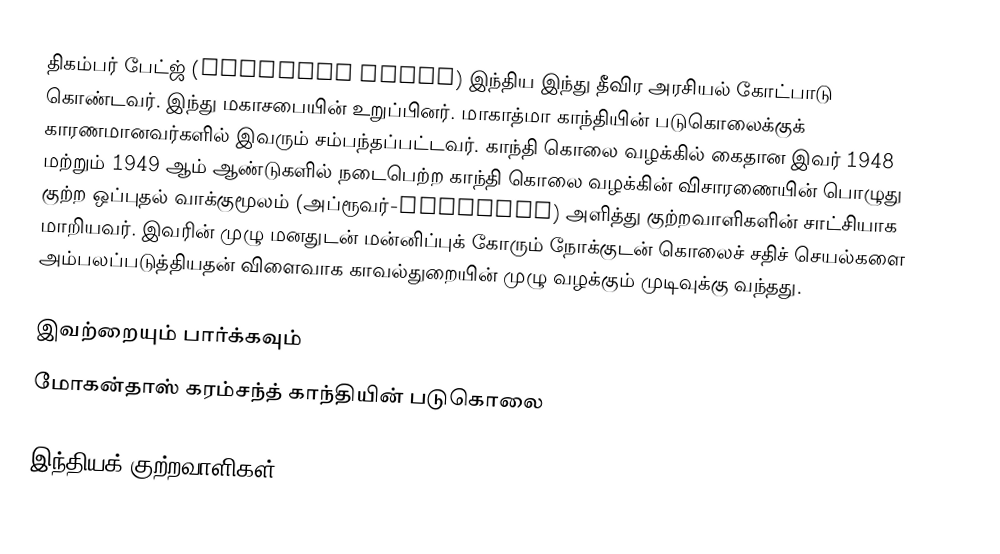
திகம்பர் பேட்ஜ் (Digambar Badge) இந்திய இந்து தீவிர அரசியல் கோட்பாடு கொண்டவர். இந்து மகாசபையின் உறுப்பினர். மாகாத்மா காந்தியின் படுகொலைக்குக் காரணமானவர்களில் இவரும் சம்பந்தப்பட்டவர். காந்தி கொலை வழக்கில்  கைதான  இவர் 1948 மற்றும் 1949 ஆம் ஆண்டுகளில் நடைபெற்ற காந்தி கொலை வழக்கின் விசாரணையின் பொழுது  குற்ற ஒப்புதல் வாக்குமூலம் (அப்ரூவர்-Approver) அளித்து குற்றவாளிகளின் சாட்சியாக மாறியவர். இவரின் முழு மனதுடன் மன்னிப்புக் கோரும் நோக்குடன் கொலைச் சதிச் செயல்களை அம்பலப்படுத்தியதன் விளைவாக காவல்துறையின் முழு வழக்கும் முடிவுக்கு வந்தது.

இவற்றையும் பார்க்கவும்
 மோகன்தாஸ் கரம்சந்த் காந்தியின் படுகொலை

இந்தியக் குற்றவாளிகள்